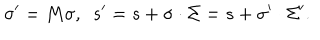
LaTeX: \sigma ^ { \prime } = M \sigma , \enspace s ^ { \prime } = s + \sigma \cdot \Sigma = s + \sigma ^ { \prime } \cdot \Sigma ^ { \prime } .